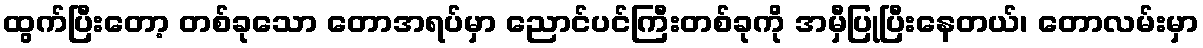
ထွက်ပြီးတော့ တစ်ခုသော တောအရပ်မှာ ညောင်ပင်ကြီးတစ်ခုကို အမှီပြုပြီးနေတယ်၊ တောလမ်းမှာ